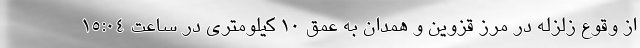
از وقوع زلزله در مرز قزوین و همدان به عمق ۱۰ کیلومتری در ساعت ۱۵:۰۴